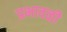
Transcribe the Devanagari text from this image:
प्रभावळी